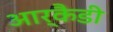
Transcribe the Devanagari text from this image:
आर्कैडी